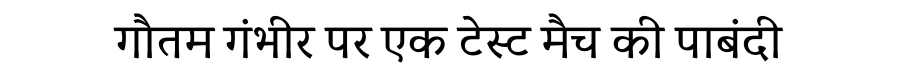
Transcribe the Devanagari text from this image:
गौतम गंभीर पर एक टेस्ट मैच की पाबंदी